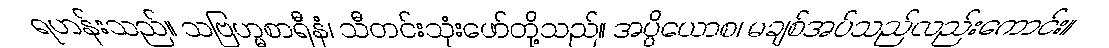
ရဟန်းသည်။ သဗြဟ္မစာရီနံ၊ သီတင်းသုံးဖော်တို့သည်။ အပ္ပိယောစ၊ မချစ်အပ်သည်လည်းကောင်း။